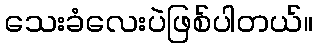
သေးခံလေးပဲဖြစ်ပါတယ်။